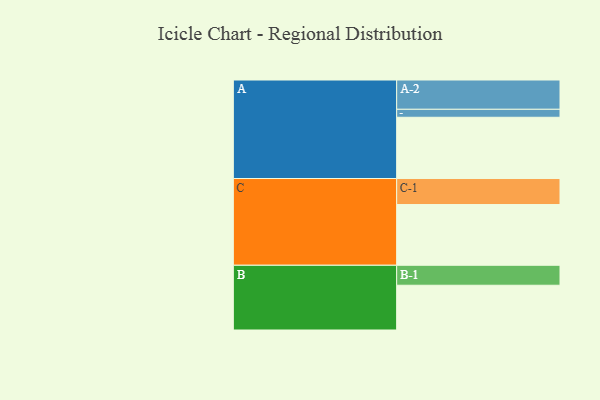
{"axis": {"x": "Segment", "y": "Value"}, "legend": ["", "A", "B", "C"], "data": [{"x": "A", "y": 598, "type": ""}, {"x": "B", "y": 437, "type": ""}, {"x": "C", "y": 593, "type": ""}, {"x": "A-1", "y": 78, "type": "A"}, {"x": "A-2", "y": 286, "type": "A"}, {"x": "B-1", "y": 195, "type": "B"}, {"x": "C-1", "y": 254, "type": "C"}]}